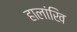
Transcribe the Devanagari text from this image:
हालांखि